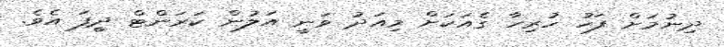
ދިނުމަށް ފަހު ހުރިހާ ގެއަކަށް މިއަދު ވަނީ އަލުން ކަރަންޓް ދީފަ އެވެ.